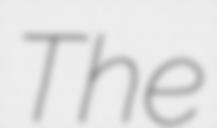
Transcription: The